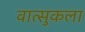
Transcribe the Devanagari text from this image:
वात्सुकला